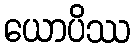
ယောပိဿ